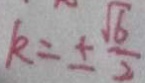
k = \pm \frac { \sqrt { 6 } } { 2 }